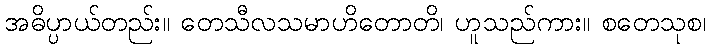
အဓိပ္ပာယ်တည်း။ တေသီလသမာဟိတောတိ၊ ဟူသည်ကား။ စတေသုစ၊